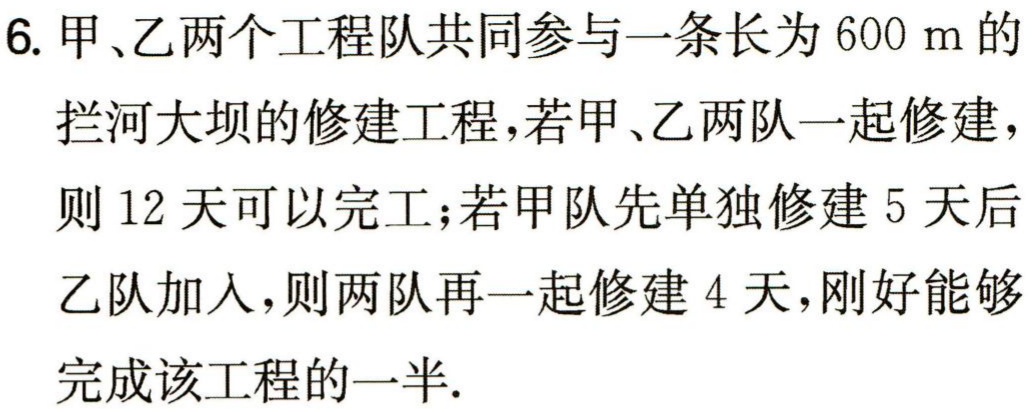
6. 甲、乙两个工程队共同参与一条长为\(600\mathrm{ m}\)的拦河大坝的修建工程，若甲、乙两队一起修建，则\(12\)天可以完工；若甲队先单独修建\(5\)天后乙队加入，则两队再一起修建\(4\)天，刚好能够完成该工程的一半.